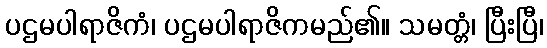
ပဌမပါရာဇိကံ၊ ပဌမပါရာဇိကမည်၏။ သမတ္တံ၊ ပြီးပြီ၊